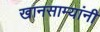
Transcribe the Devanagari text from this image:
खानसाम्यांनी